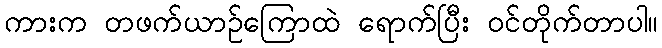
ကားက တဖက်ယာဉ်ကြောထဲ ရောက်ပြီး ဝင်တိုက်တာပါ။